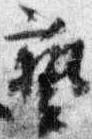
芸